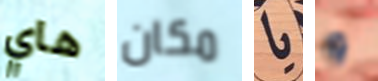
هاي مكان يا و